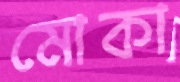
মোকা